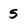
Character: s